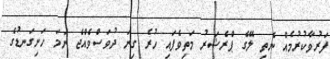
ފަރުވާކުރުމެއް ނެތި ލޭގެ ޕްރެޝަރު މަތިވެފައި ހުރެ ގިނަ ދުވަސްވެއްޖެ ނަމަ ހަށިގަނޑުގެ